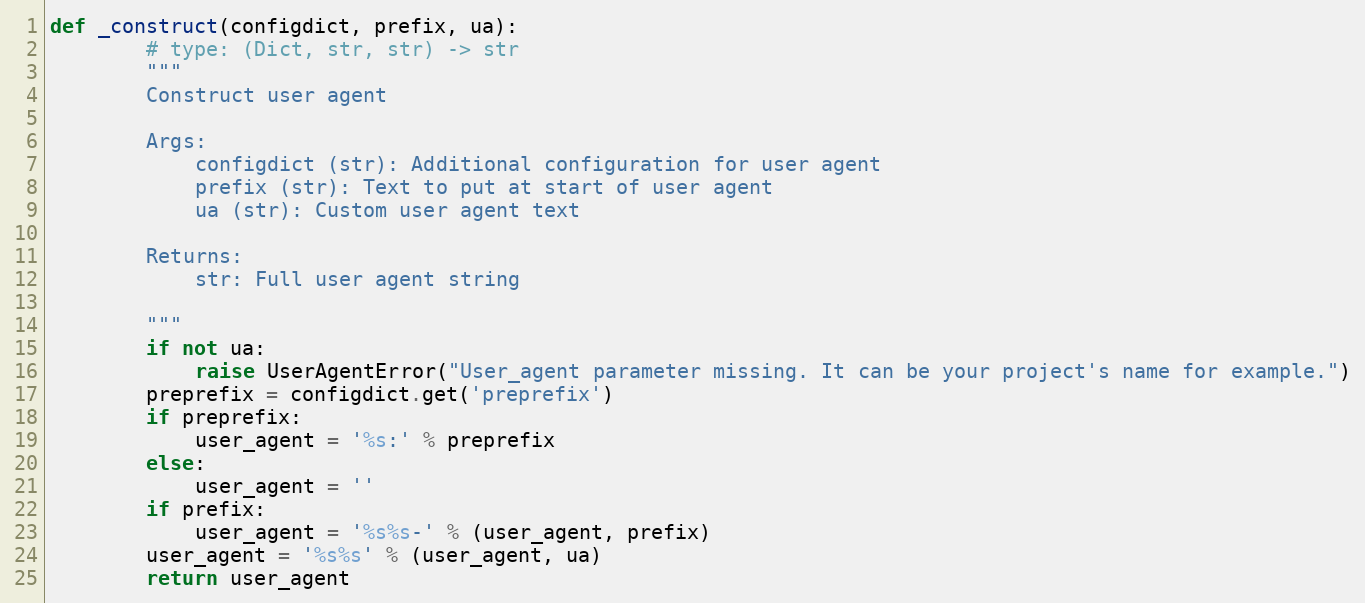
Language: Python
def _construct(configdict, prefix, ua):
        # type: (Dict, str, str) -> str
        """
        Construct user agent

        Args:
            configdict (str): Additional configuration for user agent
            prefix (str): Text to put at start of user agent
            ua (str): Custom user agent text

        Returns:
            str: Full user agent string

        """
        if not ua:
            raise UserAgentError("User_agent parameter missing. It can be your project's name for example.")
        preprefix = configdict.get('preprefix')
        if preprefix:
            user_agent = '%s:' % preprefix
        else:
            user_agent = ''
        if prefix:
            user_agent = '%s%s-' % (user_agent, prefix)
        user_agent = '%s%s' % (user_agent, ua)
        return user_agent